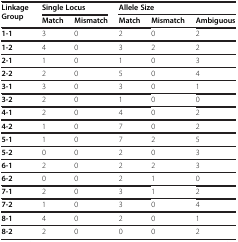
<table><thead><tr><td rowspan="2"><b>Linkage Group</b></td><td colspan="2"><b>Single Locus</b></td><td colspan="3"><b>Allele Size</b></td></tr><tr><td><b>Match</b></td><td><b>Mismatch</b></td><td><b>Match</b></td><td><b>Mismatch</b></td><td><b>Ambiguous</b></td></tr></thead><tbody><tr><td><b>1-1</b></td><td>3</td><td>0</td><td>2</td><td>0</td><td>2</td></tr><tr><td><b>1-2</b></td><td>4</td><td>0</td><td>3</td><td>2</td><td>2</td></tr><tr><td><b>2-1</b></td><td>1</td><td>0</td><td>1</td><td>0</td><td>3</td></tr><tr><td><b>2-2</b></td><td>2</td><td>0</td><td>5</td><td>0</td><td>4</td></tr><tr><td><b>3-1</b></td><td>3</td><td>0</td><td>3</td><td>0</td><td>1</td></tr><tr><td><b>3-2</b></td><td>2</td><td>0</td><td>1</td><td>0</td><td>0</td></tr><tr><td><b>4-1</b></td><td>2</td><td>0</td><td>4</td><td>0</td><td>2</td></tr><tr><td><b>4-2</b></td><td>1</td><td>0</td><td>7</td><td>0</td><td>2</td></tr><tr><td><b>5-1</b></td><td>1</td><td>0</td><td>7</td><td>2</td><td>5</td></tr><tr><td><b>5-2</b></td><td>0</td><td>0</td><td>2</td><td>0</td><td>3</td></tr><tr><td><b>6-1</b></td><td>2</td><td>0</td><td>2</td><td>2</td><td>3</td></tr><tr><td><b>6-2</b></td><td>0</td><td>0</td><td>2</td><td>1</td><td>0</td></tr><tr><td><b>7-1</b></td><td>2</td><td>0</td><td>3</td><td>1</td><td>2</td></tr><tr><td><b>7-2</b></td><td>1</td><td>0</td><td>3</td><td>0</td><td>4</td></tr><tr><td><b>8-1</b></td><td>4</td><td>0</td><td>2</td><td>0</td><td>1</td></tr><tr><td><b>8-2</b></td><td>2</td><td>0</td><td>0</td><td>0</td><td>2</td></tr></tbody></table>